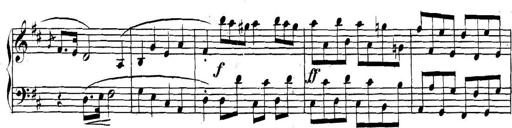
Title: Collected Piano Sonatas
Composer: Muzio Clementi